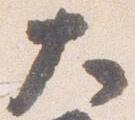
大